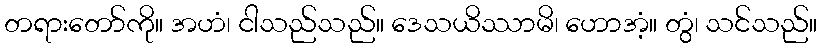
တရားတော်ကို။ အဟံ၊ ငါသည်သည်။ ဒေသယိဿာမိ၊ ဟောအံ့။ တွံ၊ သင်သည်။